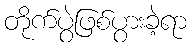
တိုက်ပွဲဖြစ်ပွားခဲ့ရာ